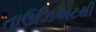
તાઉઝિઅટથી